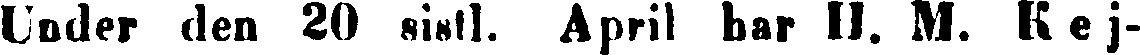
Under den 20 sintl. April har H. M. Kej-